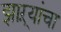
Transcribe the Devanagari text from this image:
झाऱ्यांचा